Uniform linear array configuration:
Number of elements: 12
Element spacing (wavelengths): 1
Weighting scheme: hann
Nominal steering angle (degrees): -30
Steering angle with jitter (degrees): -29.24
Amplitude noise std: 0.05
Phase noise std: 0.05

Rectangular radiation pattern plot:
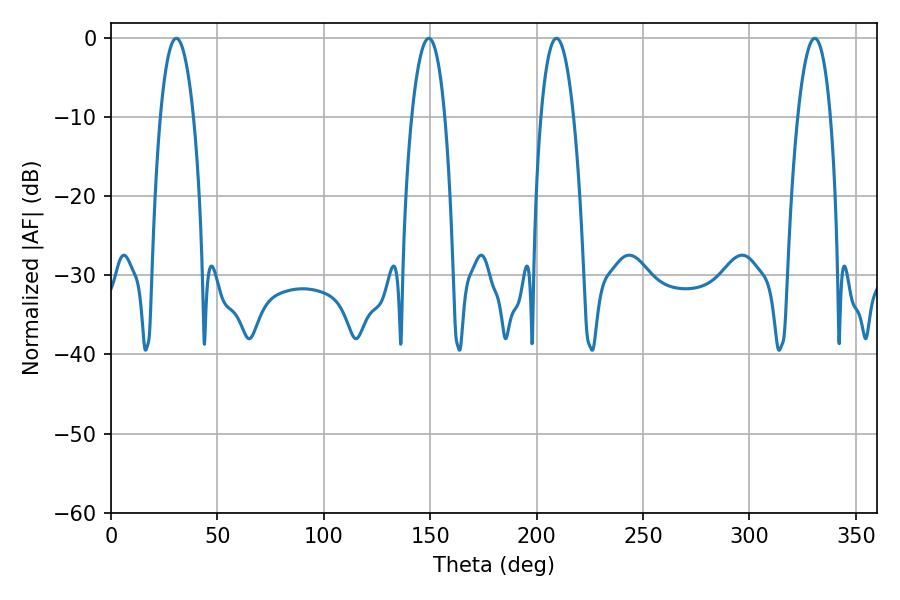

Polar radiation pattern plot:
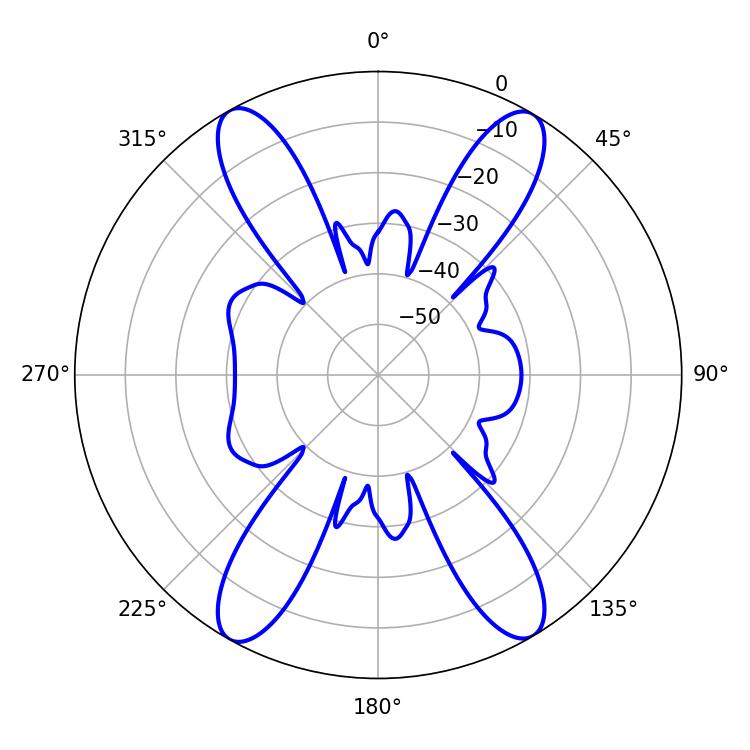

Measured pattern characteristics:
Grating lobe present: TRUE
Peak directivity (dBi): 24.138
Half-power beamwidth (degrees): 8.46
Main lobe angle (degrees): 330.66